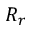
R _ { r }